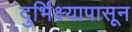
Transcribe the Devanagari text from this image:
दुर्भिक्ष्यापासून